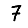
Digit: 7